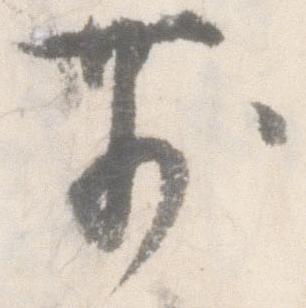
前